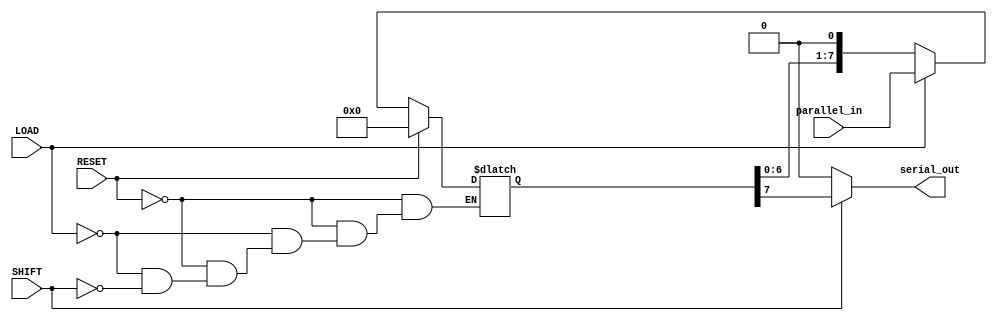
module PISO_Register #(
    parameter N = 8  // Number of bits in the register
)(
    input wire [N-1:0] parallel_in,  // Parallel data input
    input wire LOAD,                  // Load signal
    input wire SHIFT,                 // Shift signal
    input wire RESET,                 // Asynchronous reset signal
    output reg serial_out              // Serial output
);

    reg [N-1:0] shift_reg;            // Shift register to hold data

    // Asynchronous reset and load logic
    always @(*) begin
        if (RESET) begin
            shift_reg = {N{1'b0}};     // Clear the register on reset
        end else if (LOAD) begin
            shift_reg = parallel_in;   // Load parallel data
        end else if (SHIFT) begin
            shift_reg = {shift_reg[N-2:0], 1'b0}; // Shift left and insert 0 at LSB
        end
    end

    // Serial output logic
    always @(*) begin
        if (SHIFT) begin
            serial_out = shift_reg[N-1]; // Output MSB
        end else begin
            serial_out = 1'b0; // Default output when not shifting
        end
    end

endmodule